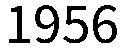
1956